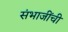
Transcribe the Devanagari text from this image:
संभाजींची